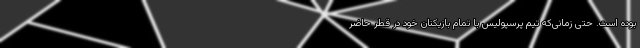
بوده است. حتی زمانی‌که تیم پرسپولیس با تمام بازیکنان خود در قطر حاضر